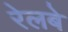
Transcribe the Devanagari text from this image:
रेलबे